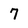
Character: 7